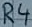
Text: R4